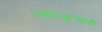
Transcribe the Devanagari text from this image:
दबीगकुचली